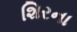
શિરના